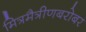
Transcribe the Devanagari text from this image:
मित्रमैत्रीणबरोबर